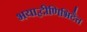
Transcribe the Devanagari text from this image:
भयाद्वीणिभिदैत्त